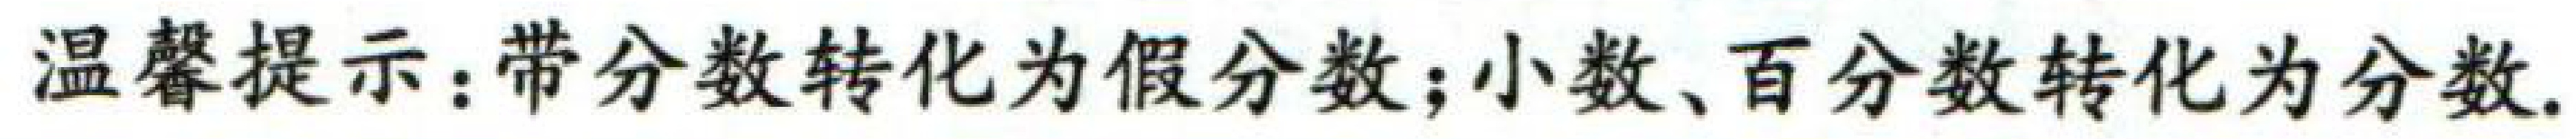
温馨提示：带分数转化为假分数；小数、百分数转化为分数.